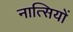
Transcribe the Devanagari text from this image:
नात्सियों